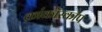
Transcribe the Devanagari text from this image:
क्रांकॉस्कोप